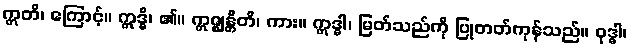
ဣတိ၊ ကြောင့်။ ဣဒ္ဓိ၊ ၏။ ဣဇ္ဈန္တီတိ၊ ကား။ ဣဒ္ဓါ၊ မြတ်သည်ကို ပြုတတ်ကုန်သည်။ ဝုဒ္ဓါ၊